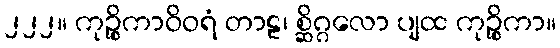
၂၂၂။ ကုဉ္စိကာဝိဝရံ တာဠ၊ စ္ဆိဂ္ဂလော ပျထ ကုဉ္စိကာ။